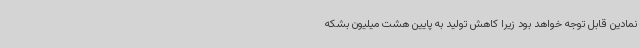
نمادین قابل توجه خواهد بود زیرا کاهش تولید به پایین هشت میلیون بشکه